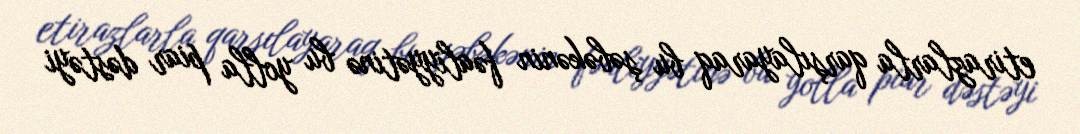
etirazlarla qarşılayaraq bu şəbəkənin fəaliyyətinə bu yolla piar dəstəyi